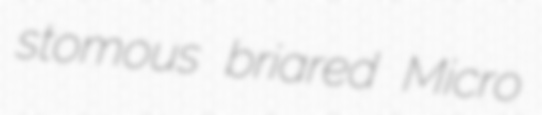
stomous briared Micro